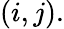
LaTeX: (i,j).